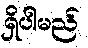
ရှိပါမည်